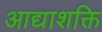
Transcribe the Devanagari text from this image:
आद्याशक्ति